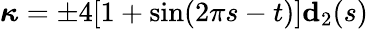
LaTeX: \boldsymbol\kappa=\pm 4[1+\sin(2\pi s-t)]\mathbf{d}_{2}(s)